65_HS1-834228961_62-HQ-83894_Section_10
Agency: FBI
Page 144
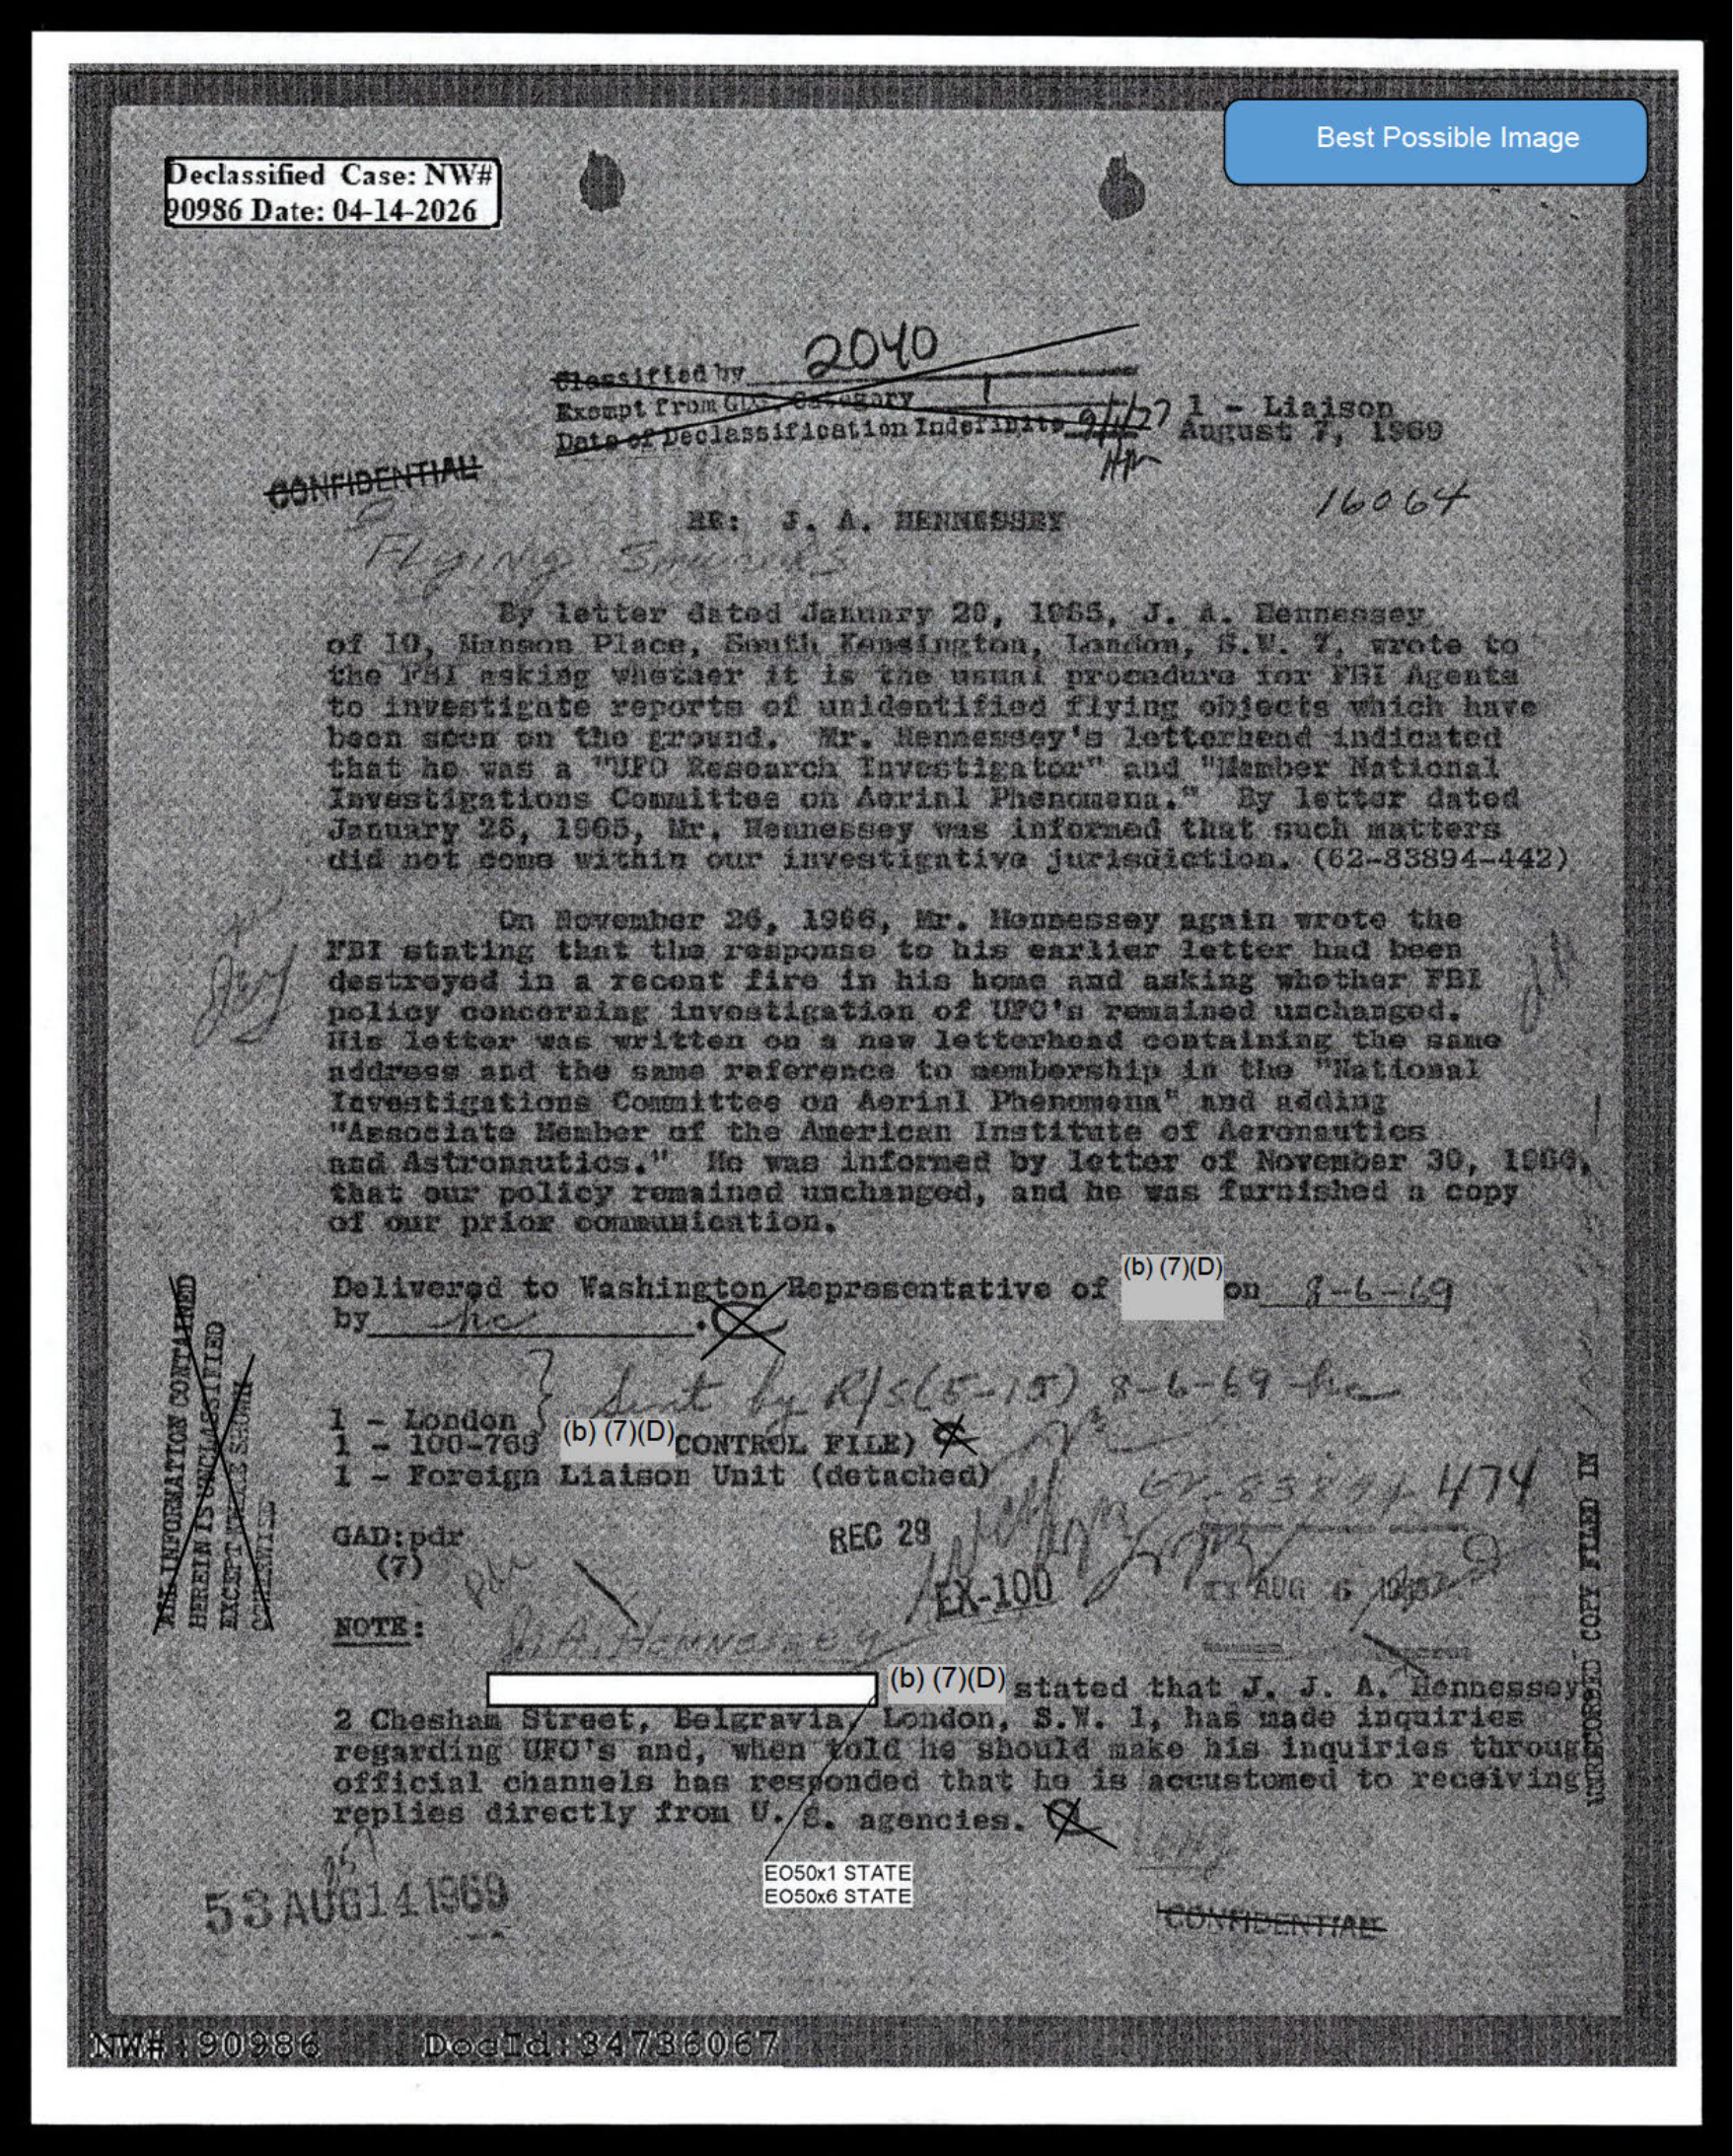